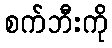
စက်ဘီးကို